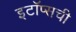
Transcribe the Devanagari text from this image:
इटॉप्सची